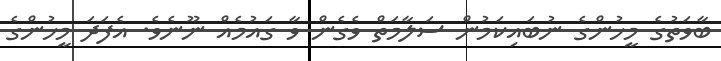
ބާވަތުގެ މީހުންގެ ނުބައިކަމުން ސަލާމަތް ވެގެން ވާ ގައުމެއް ނޫނެވެ. އެފަދަ މީހުންގެ